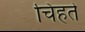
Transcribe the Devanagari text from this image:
चिहते